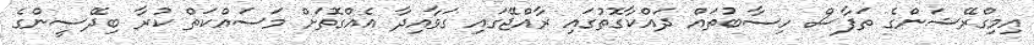
އިމިގްރޭޝަންގެ ތަފާސް ހިސާބުތައް ދައްކާގޮތުގައި ރާއްޖޭގައި ގަވާއިދާ އެއްގޮތަށް މަސައްކަތް ކުރާ ބިދޭސީންގެ